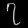
Digit: ၇